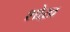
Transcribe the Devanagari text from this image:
शोख़